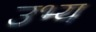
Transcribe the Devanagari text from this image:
उभ्य